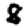
Digit: 8